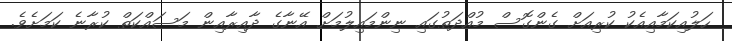
ހަލުއިކަމާއިއެކު ކުރިއަށް ގެންގޮސް މުއްދަތުގައި ނިންމައިލުމަށް އޭނާގެ ދާއިރާއިން މަސައްކަތް ކުރާނެ ކަމަށެވެ.